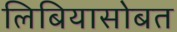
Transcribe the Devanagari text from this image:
लिबियासोबत